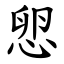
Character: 㤻